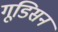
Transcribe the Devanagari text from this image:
गूडिसन